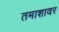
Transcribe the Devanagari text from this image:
तमाशावर